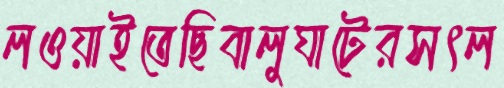
লওয়াইতেছিবালুঘাটেরসৎল